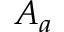
A _ { a }